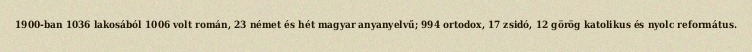
1900-ban 1036 lakosából 1006 volt román, 23 német és hét magyar anyanyelvű; 994 ortodox, 17 zsidó, 12 görög katolikus és nyolc református.